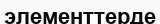
элементтерде